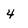
Character: 4